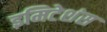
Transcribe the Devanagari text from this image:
इमिटेशंस